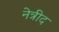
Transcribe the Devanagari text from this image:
नेत्रीद